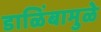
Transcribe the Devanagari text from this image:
डाळिंबामुळे